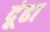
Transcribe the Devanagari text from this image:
दूंढा